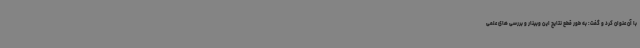
با آن عنوان کرد و گفت: به طور قطع نتایج این وبینار و بررسی های علمی